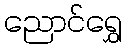
ညောင်ရွှေ